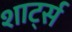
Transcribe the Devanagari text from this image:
शार्ट्स